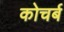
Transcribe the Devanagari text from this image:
कोचर्ब